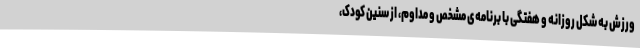
ورزش به شکل روزانه و هفتگی با برنامه‌ی مشخص و مداوم، از سنین کودک،